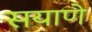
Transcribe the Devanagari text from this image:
सयाणे